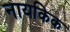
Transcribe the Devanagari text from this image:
नायकिक